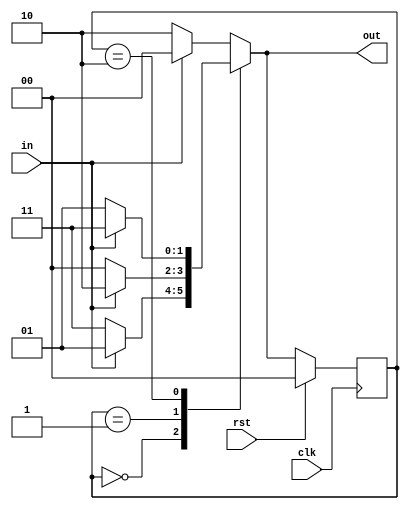
`timescale 1ns / 1ps

module week6(
	input clk,
	input rst,
	input in,
	output reg [1:0] out
);
	 
	 reg [1:0] PS;
	 reg [1:0] NS;

	// sequential logic
	always @(posedge clk) // evaluate this fn when posedge clk happens
	begin
		if( rst == 1 ) begin // rst case
			PS <= 0; // <= required for sequential logic
		end
		else begin // non-rst case
			PS <= NS;
		end	
	end
	
	//combinatorial logic for NS
	always @(*) //evaluate this fn when ANY input changes
	begin
		case( PS )
			0 : begin
				if( in == 0 ) begin
					NS = 3;
				end
				else begin
					NS = 1;
				end
			end
			
			1 : begin
				if( in == 0 ) begin
					NS = 0;
				end
				else begin
					NS = 2;
				end
			end
			
			2 : begin
				if( in == 0 ) begin
					NS = 1;
				end
				else begin
					NS = 3;
				end
			end
			
			default : begin
				if( in == 0 ) begin
					NS = 2;
				end
				else begin
					NS = 0;
				end
			end	
	
		endcase
	end
	
	
	//combinatorial logic for output (MEALY)
	always @(*)
	begin
		case( PS )
			0 : begin
				out = ( in == 0 ) ? 3 : 1; 
			end
			
			1 : begin
				out = ( in == 0 ) ? 0 : 2; 
			end
			
			2 : begin
				out = ( in == 0 ) ? 1 : 3; 
			end
			
			default : begin
				out = ( in == 0 ) ? 2 : 0; 
			end	
		endcase	
	end
	
	/*
	//combinatorial logic for output (MOORE)
	always @(*)
	begin
		case( PS )
			0 : begin
				out = 0;
			end
			
			1 : begin
				out = 1;
			end
			
			2 : begin
				out = 2;
			end
			
			default : begin
				out = 3;
			end	
		endcase	
	end
	*/

endmodule